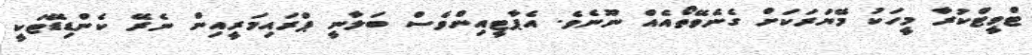
ޓްވީޓްކުރާ މީހަކު މޭޔަރަކަށް ގެނެވޭތޯއެއް ނޫނެވެ. އެޕާޓީއިންވެސް ބަލާނީ ޕްރައިމަރީއިން ނެރޭ ކެންޑިޑޭޓަކީ